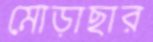
মোড়াছার